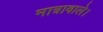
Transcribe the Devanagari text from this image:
मात्रावाले।